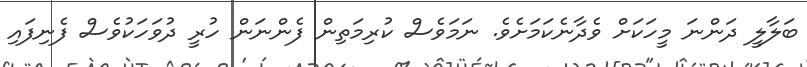
ބަލާލީ ދަންނަ މީހަކަށް ވެދާނެކަމަށެވެ. ނަމަވެސް ކުރިމަތިން ފެންނަން ހުރީ ދުވަހަކުވެސް ފެނިފައި